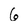
Character: 6